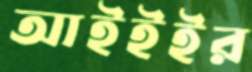
আইইইর